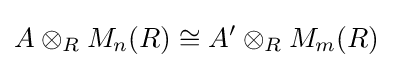
A\otimes _{R}M_{n}(R)\cong A'\otimes _{R}M_{m}(R)